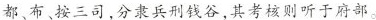
都、布、按三司，分隶兵刑钱谷，其考核则听于府部。